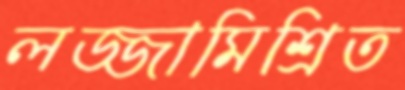
লজ্জামিশ্রিত